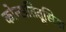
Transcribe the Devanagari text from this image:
कोन्सतितूसिया